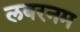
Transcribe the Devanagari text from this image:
लबरनम